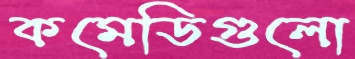
কমেডিগুলো